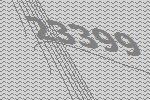
23399